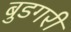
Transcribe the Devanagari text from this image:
बुडगरी